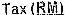
TAX(RM)